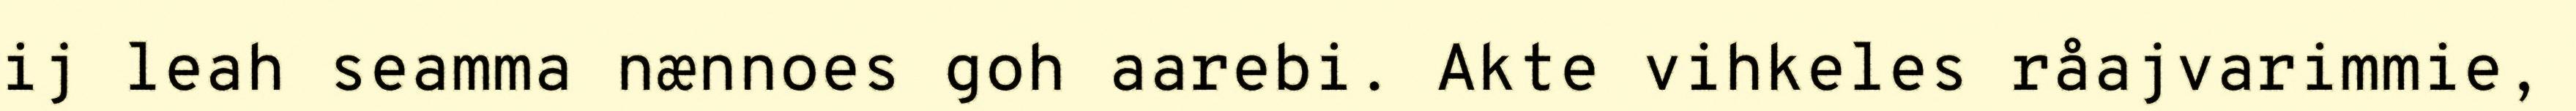
ij leah seamma nænnoes goh aarebi. Akte vihkeles råajvarimmie,